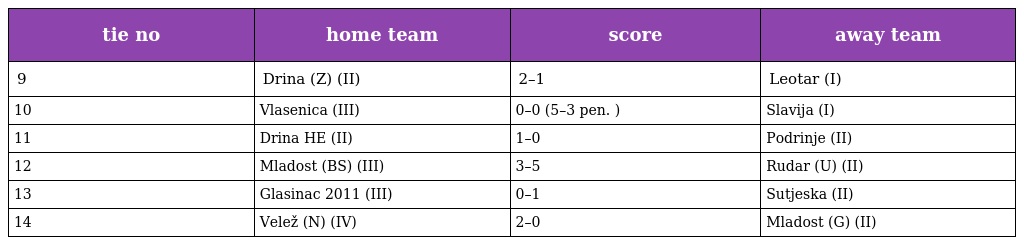
| tie no | home team | score | away team |
 | --- | --- | --- | --- |
 | 9 | Drina (Z) (II) | 2–1 | Leotar (I) |
 | 10 | Vlasenica (III) | 0–0 (5–3 pen. ) | Slavija (I) |
 | 11 | Drina HE (II) | 1–0 | Podrinje (II) |
 | 12 | Mladost (BS) (III) | 3–5 | Rudar (U) (II) |
 | 13 | Glasinac 2011 (III) | 0–1 | Sutjeska (II) |
 | 14 | Velež (N) (IV) | 2–0 | Mladost (G) (II) |